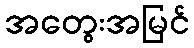
အတွေးအမြင်